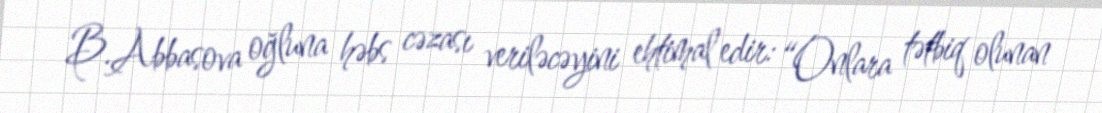
B.Abbasova oğluna həbs cəzası veriləcəyini ehtimal edir: “Onlara tətbiq olunan